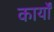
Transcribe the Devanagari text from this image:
कार्याें